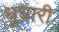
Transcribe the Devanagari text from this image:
धुघारी